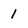
Character: 1